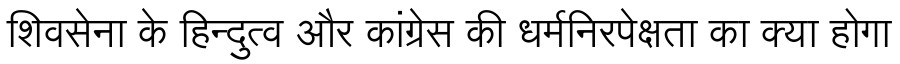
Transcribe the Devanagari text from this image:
शिवसेना के हिन्दुत्व और कांग्रेस की धर्मनिरपेक्षता का क्या होगा